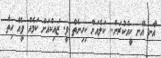
އާނ އޭނ ކީއްކުރަން.. ކަލެއަށް ކިހިނެތް ވީ. ޒައިކްއަށް ކަމެއް ވީއޭ ހިތާ